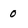
Character: 0